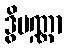
ဒွိပဏ္ဏာ